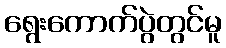
ရွေးကောက်ပွဲတွင်မူ